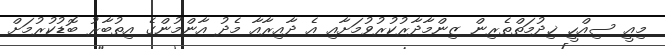
މިއީ ސިއްހީ ޚިދުމަތްތެރިން ޒިންމާދާރުކުރުވުމަށާއި އެ ދާއިރާއާ މެދު އާންމުންގެ އިތުބާރު ބޮޑުކުރުމަށް